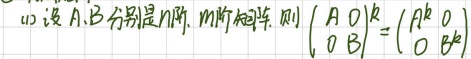
(1) 设\(A,B\)分别是\(n\)阶，\(m\)阶矩阵，则
\(\begin{pmatrix}A&O\\O&B\end{pmatrix}^k = \begin{pmatrix}A^k&O\\O&B^k\end{pmatrix}\)